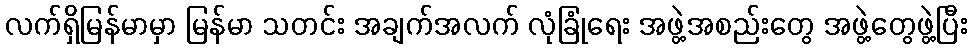
လက်ရှိမြန်မာမှာ မြန်မာ သတင်း အချက်အလက် လုံခြုံရေး အဖွဲ့အစည်းတွေ အဖွဲ့တွေဖွဲ့ပြီး